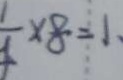
\times 8 = 1 ,